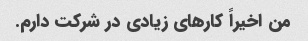
من اخیراً کارهای زیادی در شرکت دارم.